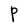
Character: P